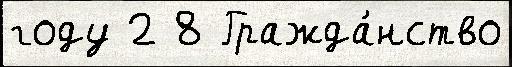
году 2 8 Гражда́нство